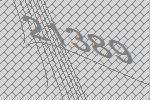
21389